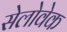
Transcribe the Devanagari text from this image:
सेलोवेक